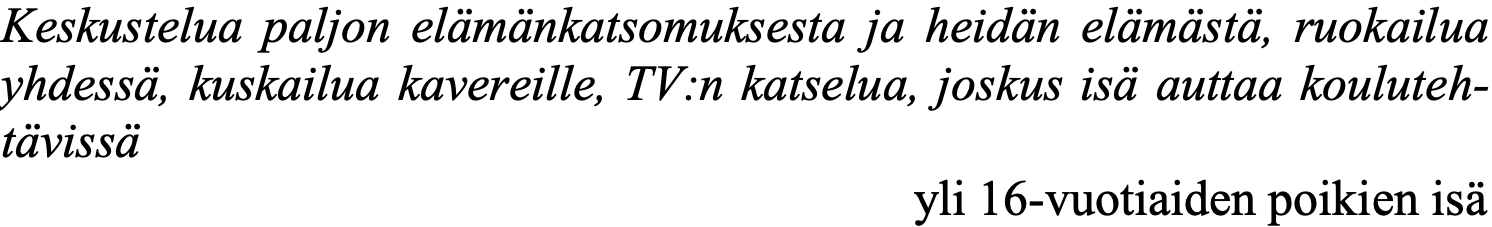
Keskustelua paljon elämänkatsomuksesta ja heidän elämästä, ruokailua yhdessä, kuskailua kavereille, TV:n katselua, joskus isä auttaa kouluteh- tävissä yli 16-vuotiaiden poikien isä